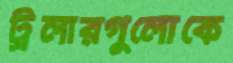
ট্রলারগুলোকে